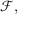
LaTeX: { \mathcal { F } } ,